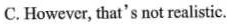
C.However, that's not realistic.